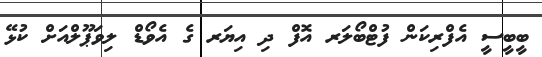
ބީބީސީ އެފްރިކަން ފުޓްބޯލަރ އޮފް ދި އިޔަރ ގެ އެވޯޑް ލިވަޕޫލްއަށް ކުޅޭ